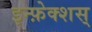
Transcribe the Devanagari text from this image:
इन्फ़ेक्शस्